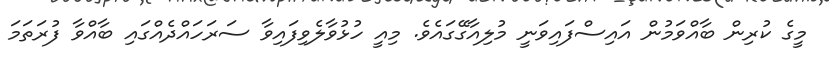
މީގެ ކުރިން ބާއްވަމުން އައިސްފައިވަނީ މުލިއާގޭގައެވެ. މިއީ ހުޅުވާލެވިފައިވާ ސަރަހައްދެއްގައި ބާއްވާ ފުރަތަމަ